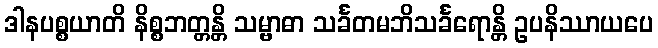
ဒါနပစ္စယာတိ နိစ္စဘတ္တန္တိ သမ္ဗာဓာ သင်္ခတမဘိသင်္ခရောန္တိ ဥပနိဿာယပေ